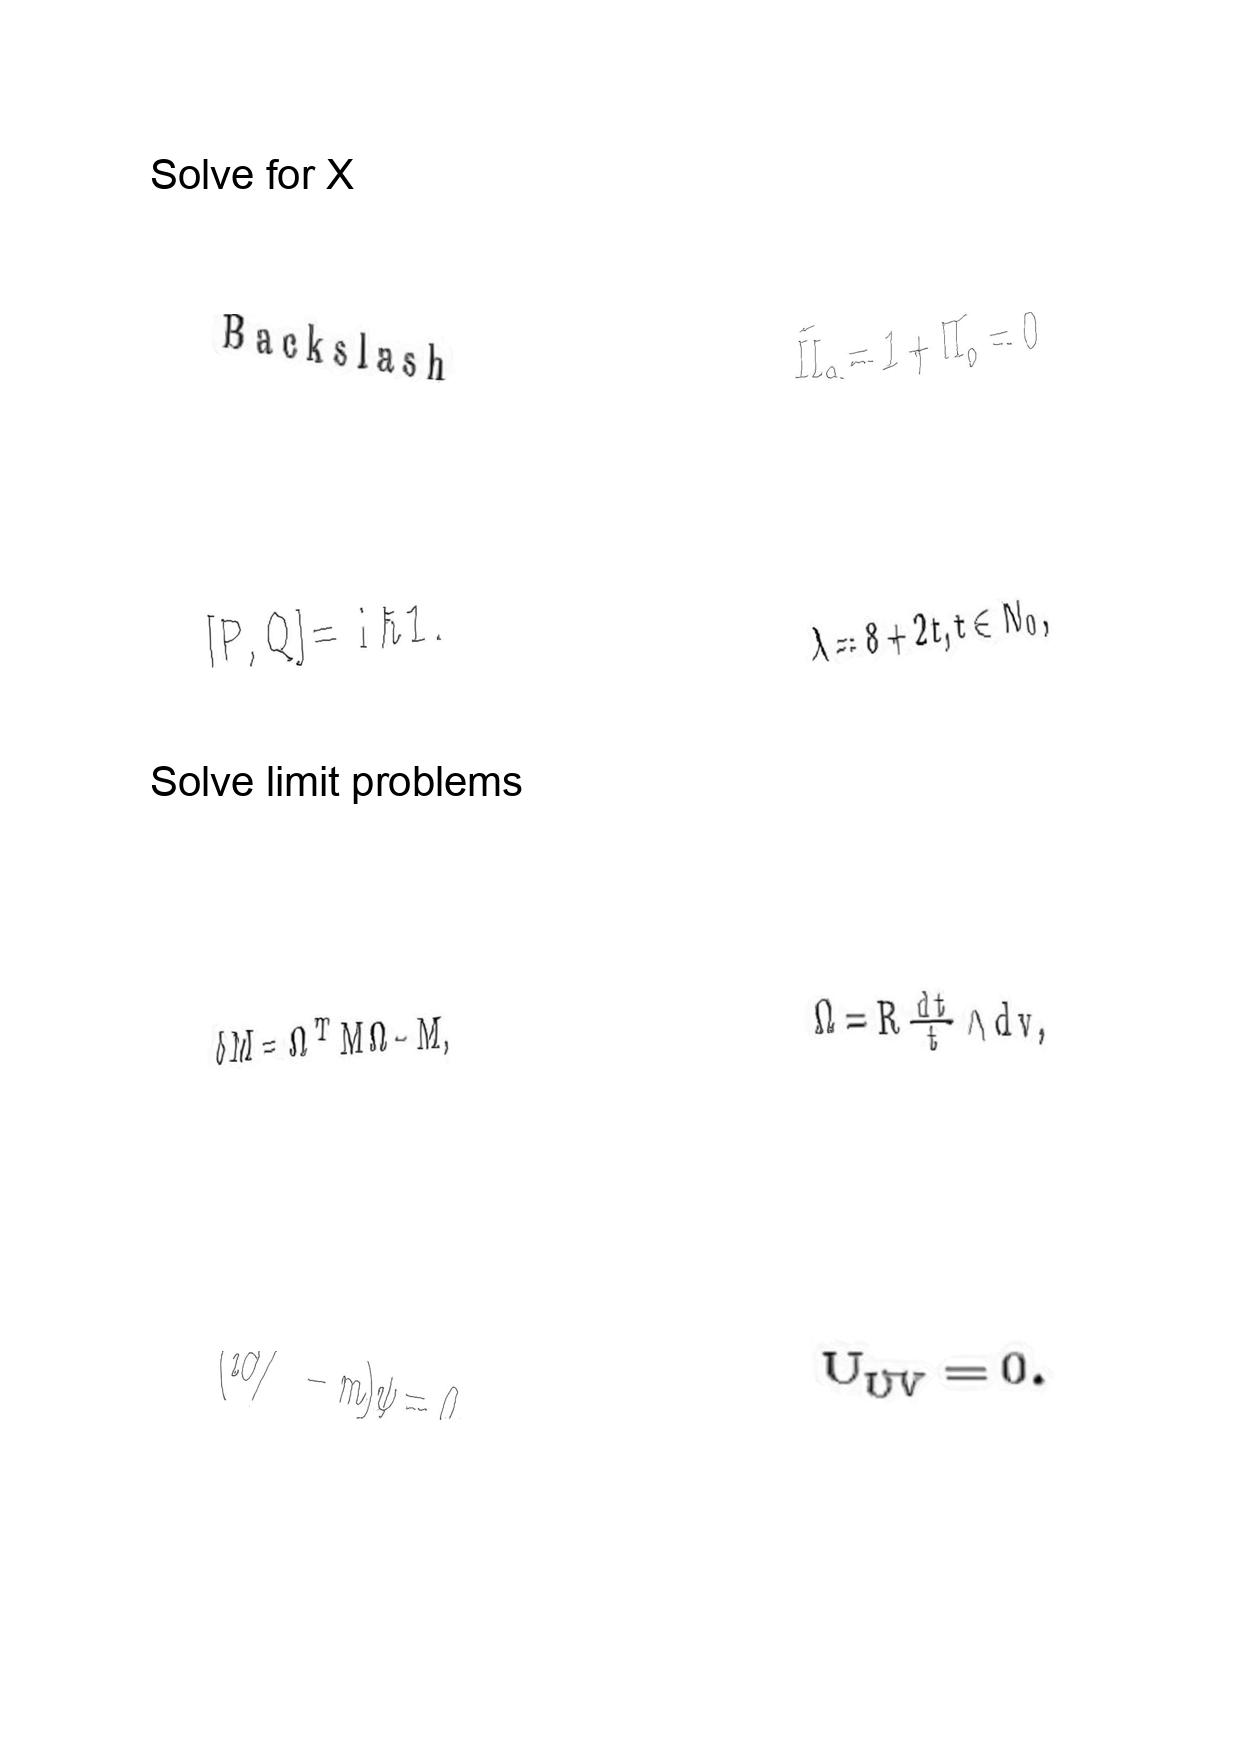
LaTeX transcription:
B a c k s l a s h
\lbrack P , Q \rbrack = \mathrm { i } \hbar 1 .
\delta M = \Omega ^ { T } M \Omega - M ,
\lparen i \partial / - m \rparen \psi = 0 .
\tilde { \Pi } _ { o } = 1 + \Pi _ { o } = 0
\lambda = 8 + 2 t , t \in N _ { 0 } ,
\Omega = R \frac { d t } { t } \wedge d v ,
U _ { \hat { U } \hat { V } } = 0 .